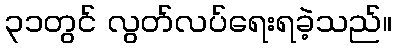
၃၁တွင် လွတ်လပ်ရေးရခဲ့သည်။